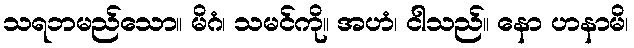
သရဘမည်သော။ မိဂံ၊ သမင်ကို။ အဟံ၊ ငါသည်။ နော ဟနာမိ၊